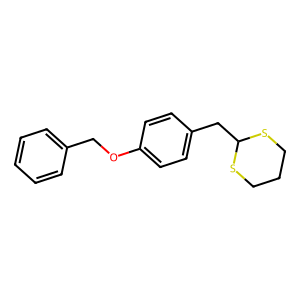
SMILES: c1ccc(COc2ccc(CC3SCCCS3)cc2)cc1
Inhibits HIV replication: No